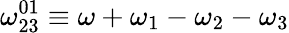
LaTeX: \omega_{23}^{01}\equiv\omega+\omega_{1}-\omega_{2}-\omega_{3}